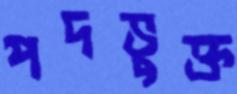
পদভুক্ত